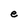
Character: e